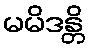
မမိဒန္တိ